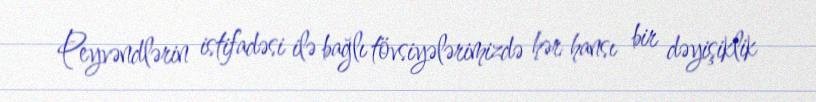
Peyvəndlərin istifadəsi ilə bağlı tövsiyələrimizdə hər hansı bir dəyişiklik